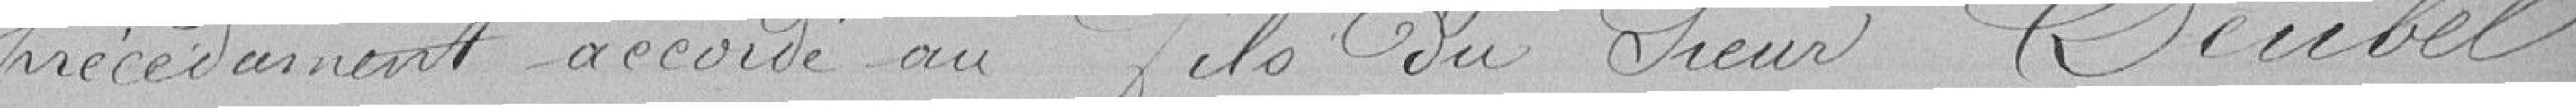
précedemment accordé au fils du Sieur Deubel